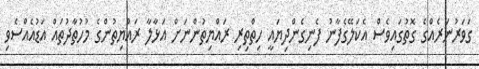
ގަވަރުނަރެއްގެ ގޮތުގައިވެސް އެކަލޭގެފާނު ފެނިގެންދިޔައީ ހިތްތިރި ރައްޔިތުންނަށް އަޅާލާ ރައްޔިތުންގެ މުހުތާދުތައް އަޑުއެއްސެވި